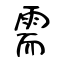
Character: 需